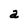
Character: a